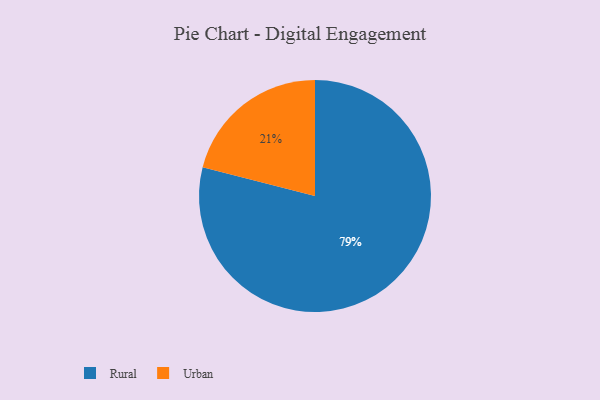
{"axis": {"x": "Category", "y": "Percentage"}, "legend": ["Rural", "Urban"], "data": [{"x": "Urban", "y": 21, "type": "Urban"}, {"x": "Rural", "y": 79, "type": "Rural"}]}